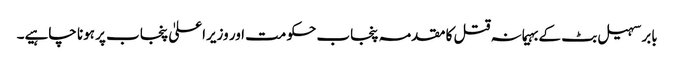
بابر سہیل بٹ کے بہیمانہ قتل کا مقدمہ پنجاب حکومت اور وزیراعلیٰ پنجاب پر ہونا چاہیے۔